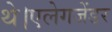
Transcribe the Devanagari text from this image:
थे।एलेगजेंडर